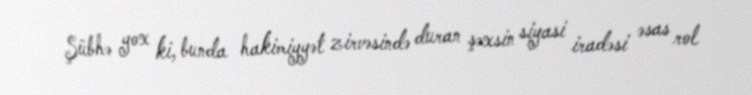
Şübhə yox ki, bunda hakimiyyət zirvəsində duran şəxsin siyasi iradəsi əsas rol